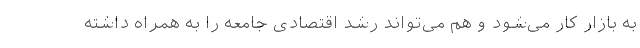
به بازار کار می‌شود و هم می‌تواند رشد اقتصادی جامعه را به همراه داشته